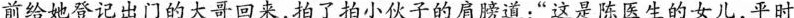
前给登记出门的大哥回来，拍了拍小秋子的肩膀道；”这是陈医生的女儿，平时